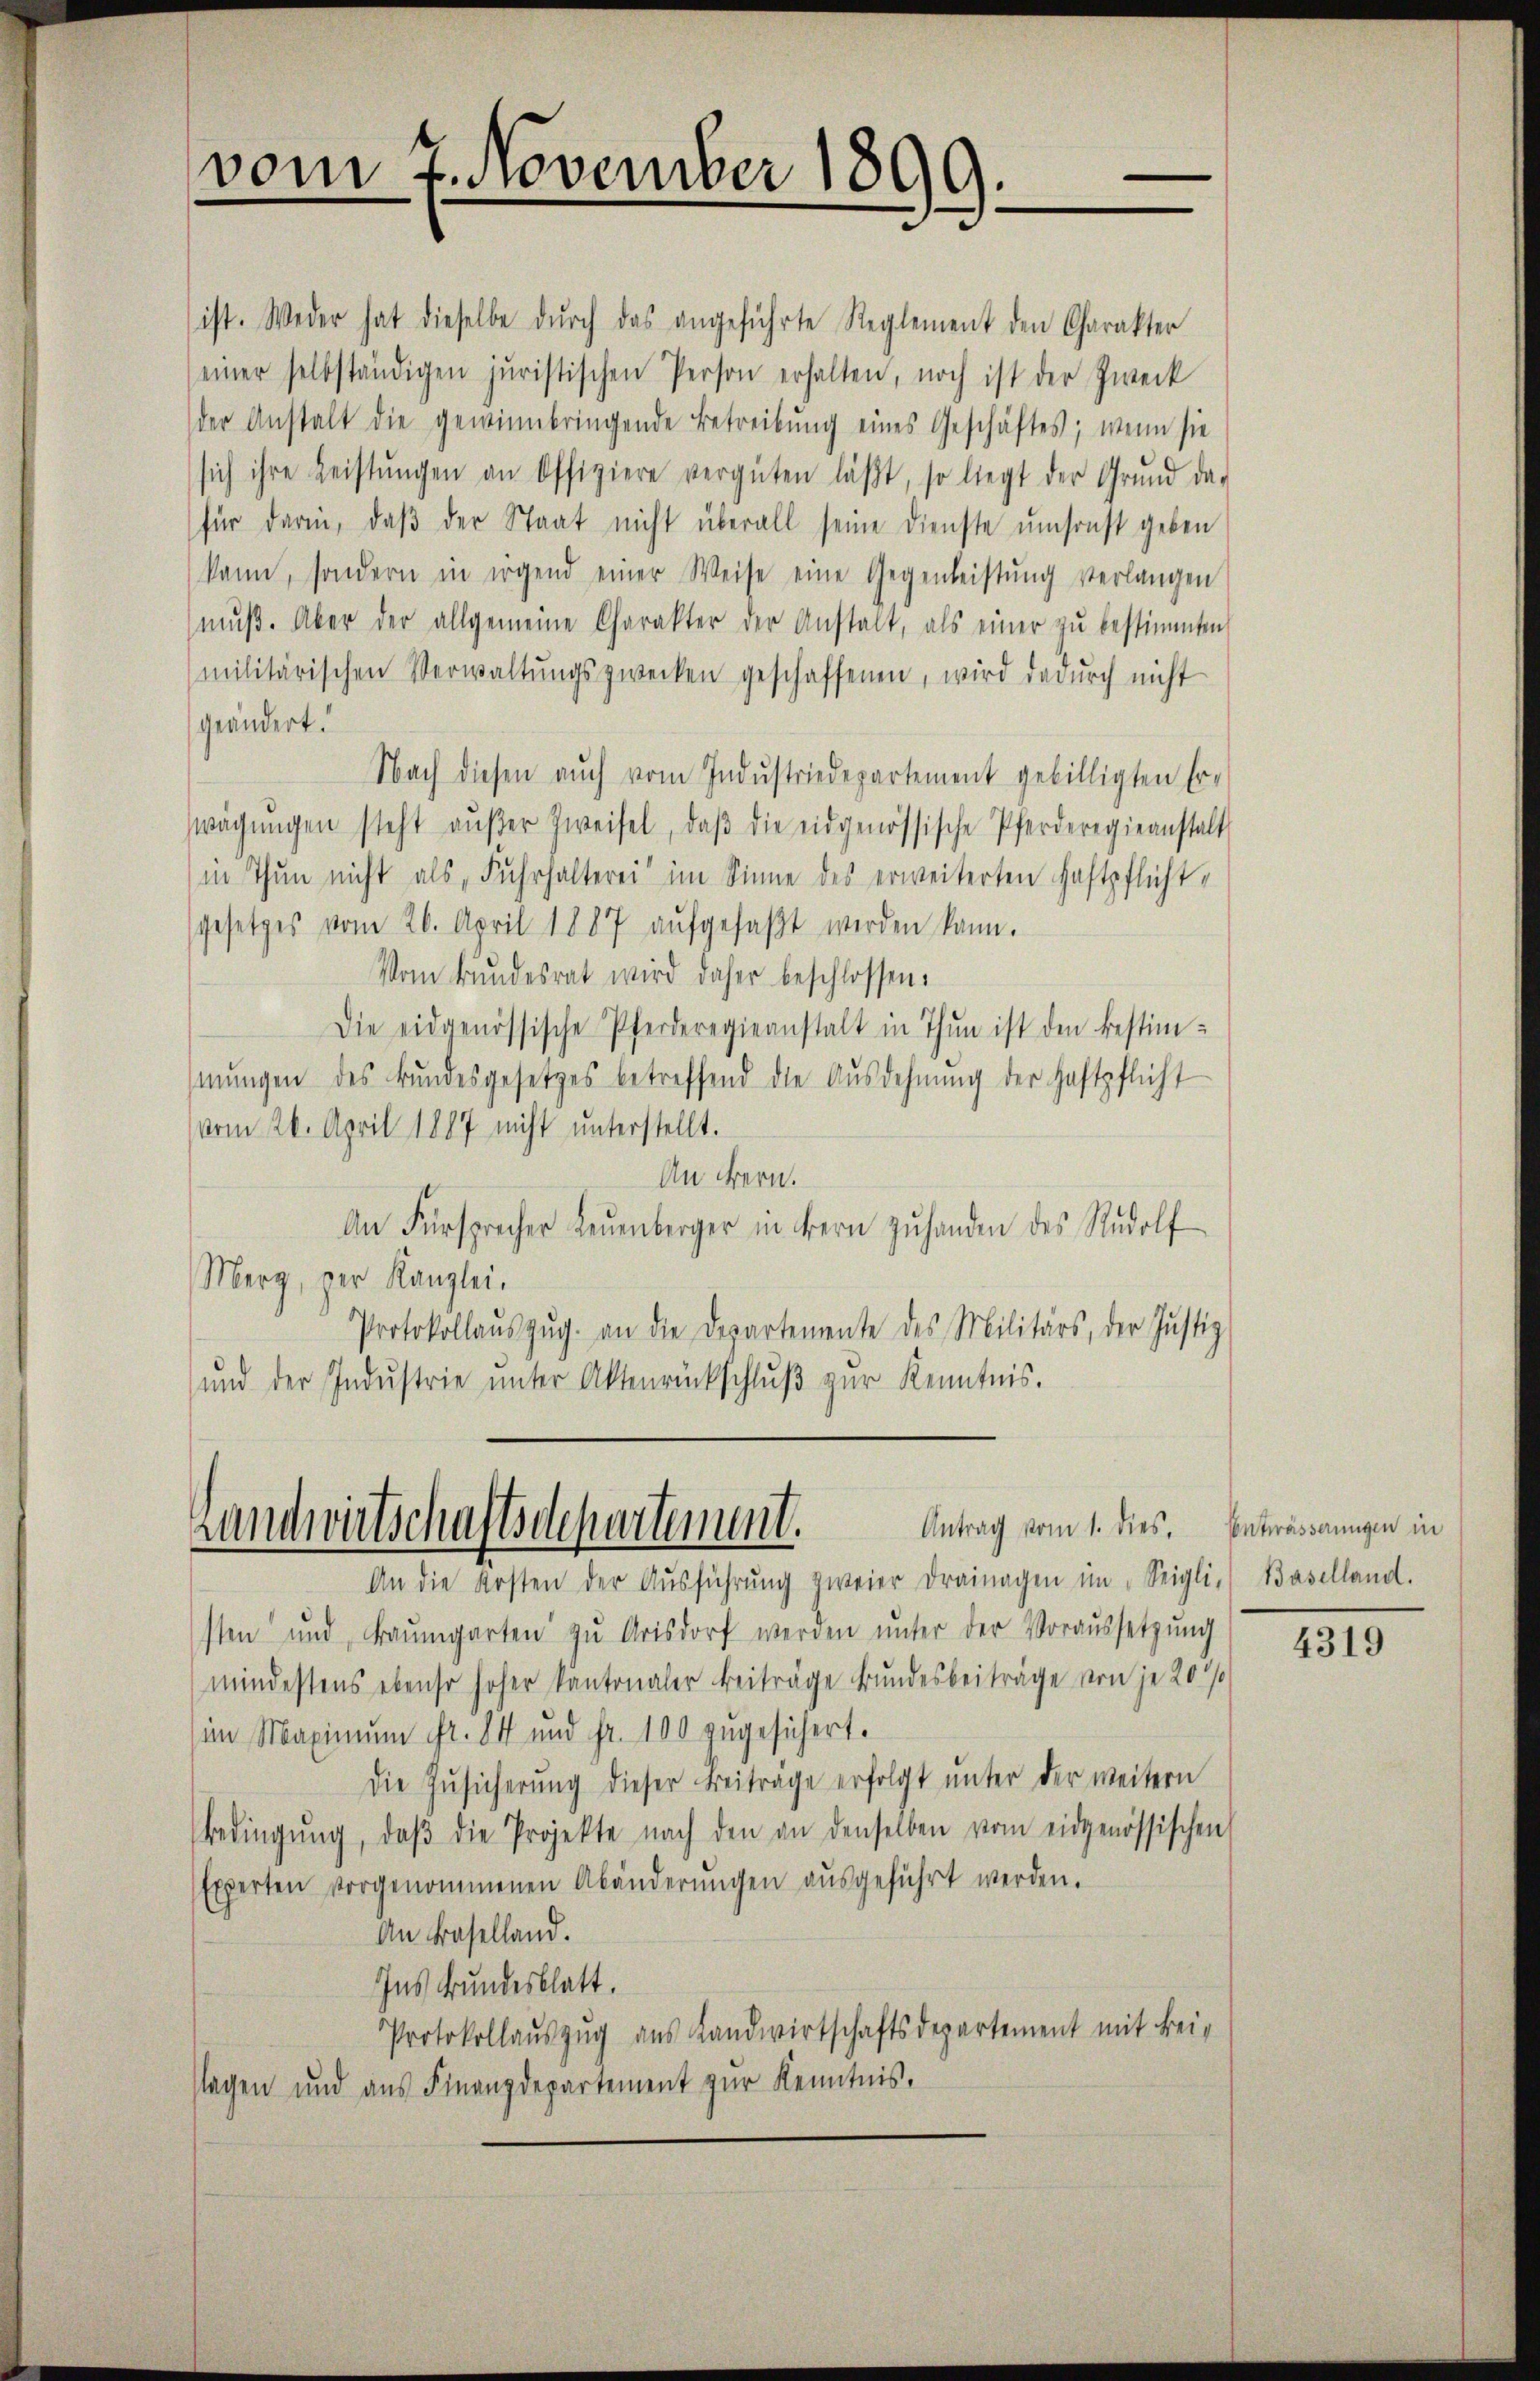
vom 7. November 1890
3

Antrag vom 1. dies. Entwässerungen in
Landwirtschaftsdepartement.
An die Kosten der Aŭsführŭng zweier drainagen im Seigli, Baselland.

sten und Fraŭmgarten zŭ Arisdorf werden ŭnter der Voraŭssetzŭng
mindestens ebenso hoher Kantonaler Beiträge Bundesbeiträge von je 20%
im Maximum fr. 84 und Fr. 100 zugesichert.
Die Zŭsicherŭng dieser Beiträge erfolgt ŭnter der weitern
Bedingŭng, daβ die Projekte nach den an denselben vom eidgenössischen
Experten vorgenommenen Abänderŭngen aŭsgeführt werden.
An Baselland.
Ins Bundesblatt.
Protokollauszug aus Landwirtschaftsdepartement mit Beislagen und aus Finanzdepartement zur Kenntnis.

ist. Weder hat dieselbe durch das angeführte Reglement den Charakter
seiner selbständigen juristischen Person erhalten, noch ist der Zweck
der Anstalt die gewinnbringende Betreibung eines Geschäftes; wenn sie
sich ihre Leistŭngen an Offiziere vergüten läβt, so liegt der Grŭnd da-
für darin, daβ der Staat nicht überall seine Dienste umsonst geben
kann, sondern in irgend einer Weise eine Gegenleistŭng verlangen
mŭβ. Aber der allgemeine Charakter der Anstalt, als einer zŭ bestimmten
militärischen Verwaltŭngszwecken geschaffenen, wird dadŭrch nicht
geändert.
Nach diesen aŭch vom Indŭstriedepartement gebilligten Er-
wagŭngen steht aŭβer Zweifel, daβ die eidgenössische Pferderegieanstalt
in Thun nicht als Fuhrhalterei im Sinne des erweiterten Haftpflichtgesetzes vom 26. April 1887 aŭfgefaßt werden kann.
Vom Bundesrat wird daher beschlossen:
Die eidgenössische Pferderegieanstalt in Thun ist den bestim-
mŭngen des Bŭndesgesetzes betreffend die Ausdehnung der Haftpflicht
vom 26. April 1887 nicht unterstellt.
An Fern.
An Fürsprecher Leuenberger in Bern zŭ handen des Rudolf
Merg, per Kanzlei.
Protokollaŭs zŭg. an die Departemente des Militärs, der Justiz
ŭnd der Indŭstrie ŭnter Aktenrückschlŭβ zŭr Kenntnis.

4319